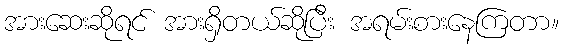
အားဆေးဆိုရင် အားရှိတယ်ဆိုပြီး အရမ်းစားနေကြတာ။